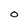
Character: 0